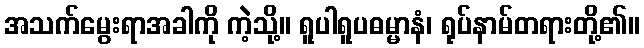
အသက်မွေးရာအခါကို ကဲ့သို့။ ရူပါရူပဓမ္မာနံ၊ ရုပ်နာမ်တရားတို့၏။